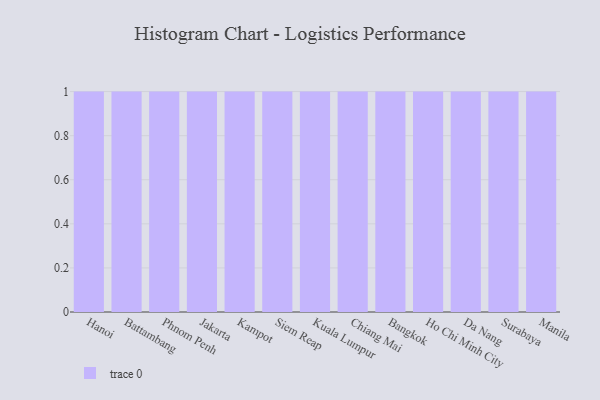
{"axis": {"x": "City", "y": "Conversion Rate (%)"}, "legend": [""], "data": [{"x": "Hanoi", "y": 61, "type": ""}, {"x": "Battambang", "y": 61, "type": ""}, {"x": "Phnom Penh", "y": 31, "type": ""}, {"x": "Jakarta", "y": 27, "type": ""}, {"x": "Kampot", "y": 32, "type": ""}, {"x": "Siem Reap", "y": 29, "type": ""}, {"x": "Kuala Lumpur", "y": 70, "type": ""}, {"x": "Chiang Mai", "y": 55, "type": ""}, {"x": "Bangkok", "y": 68, "type": ""}, {"x": "Ho Chi Minh City", "y": 46, "type": ""}, {"x": "Da Nang", "y": 21, "type": ""}, {"x": "Surabaya", "y": 77, "type": ""}, {"x": "Manila", "y": 2, "type": ""}]}